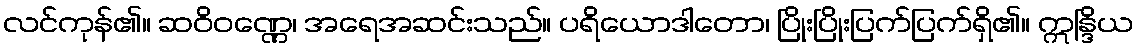
လင်ကုန်၏။ ဆဝိဝဏ္ဏေ၊ အရေအဆင်းသည်။ ပရိယောဒါတော၊ ပြိုးပြိုးပြက်ပြက်ရှိ၏။ ဣန္ဒြိယ